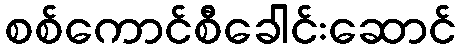
စစ်ကောင်စီခေါင်းဆောင်